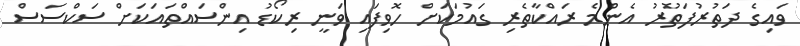
ވައިގެ ދަތުރުފަތުރު އެންމެ ރައްކާތެރި ގައުމަކަށް ހޮވިފައި ވަނީ ރިކޯޑު އިންސައްތައަކަށް ސަކްސަސް